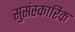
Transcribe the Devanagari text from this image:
सुसंस्कारिक